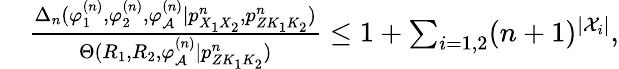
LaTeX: \begin{array}{rl}&{\frac{\Delta_{n}(\varphi_{1}^{(n)},\varphi_{2}^{(n)},\varphi_{\cal A}^{(n)}|p_{X_{1}X_{2}}^{n},{p_{ZK_{1}K_{2}}^{n}})}{{\Theta(R_{1},R_{2},\varphi_{\cal A}^{(n)}|{p_{ZK_{1}K_{2}}^{n}})}}\leq 1+\sum_{i=1,2}(n+1)^{|{\cal X}_{i}|},}\end{array}